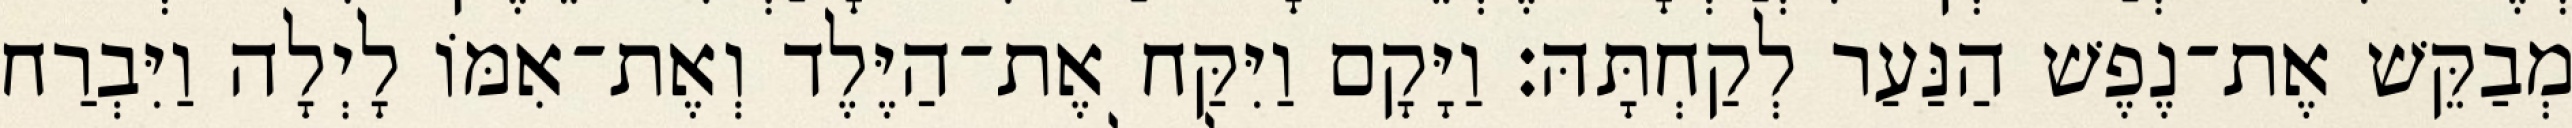
מְבַקֵּשׁ אֶת־נֶפֶשׁ הַנַּעַר לְקַחְתָּהּ׃ וַיָּקָם וַיִּקַּח אֶת־הַיֶּלֶד וְאֶת־אִמּוֹ לָיְלָה וַיִּבְרַח